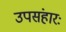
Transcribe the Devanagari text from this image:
उपसंहारः